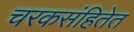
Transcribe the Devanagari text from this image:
चरकसंहितेत